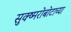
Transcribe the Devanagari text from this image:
सुक्ष्मरोबोटाच्या